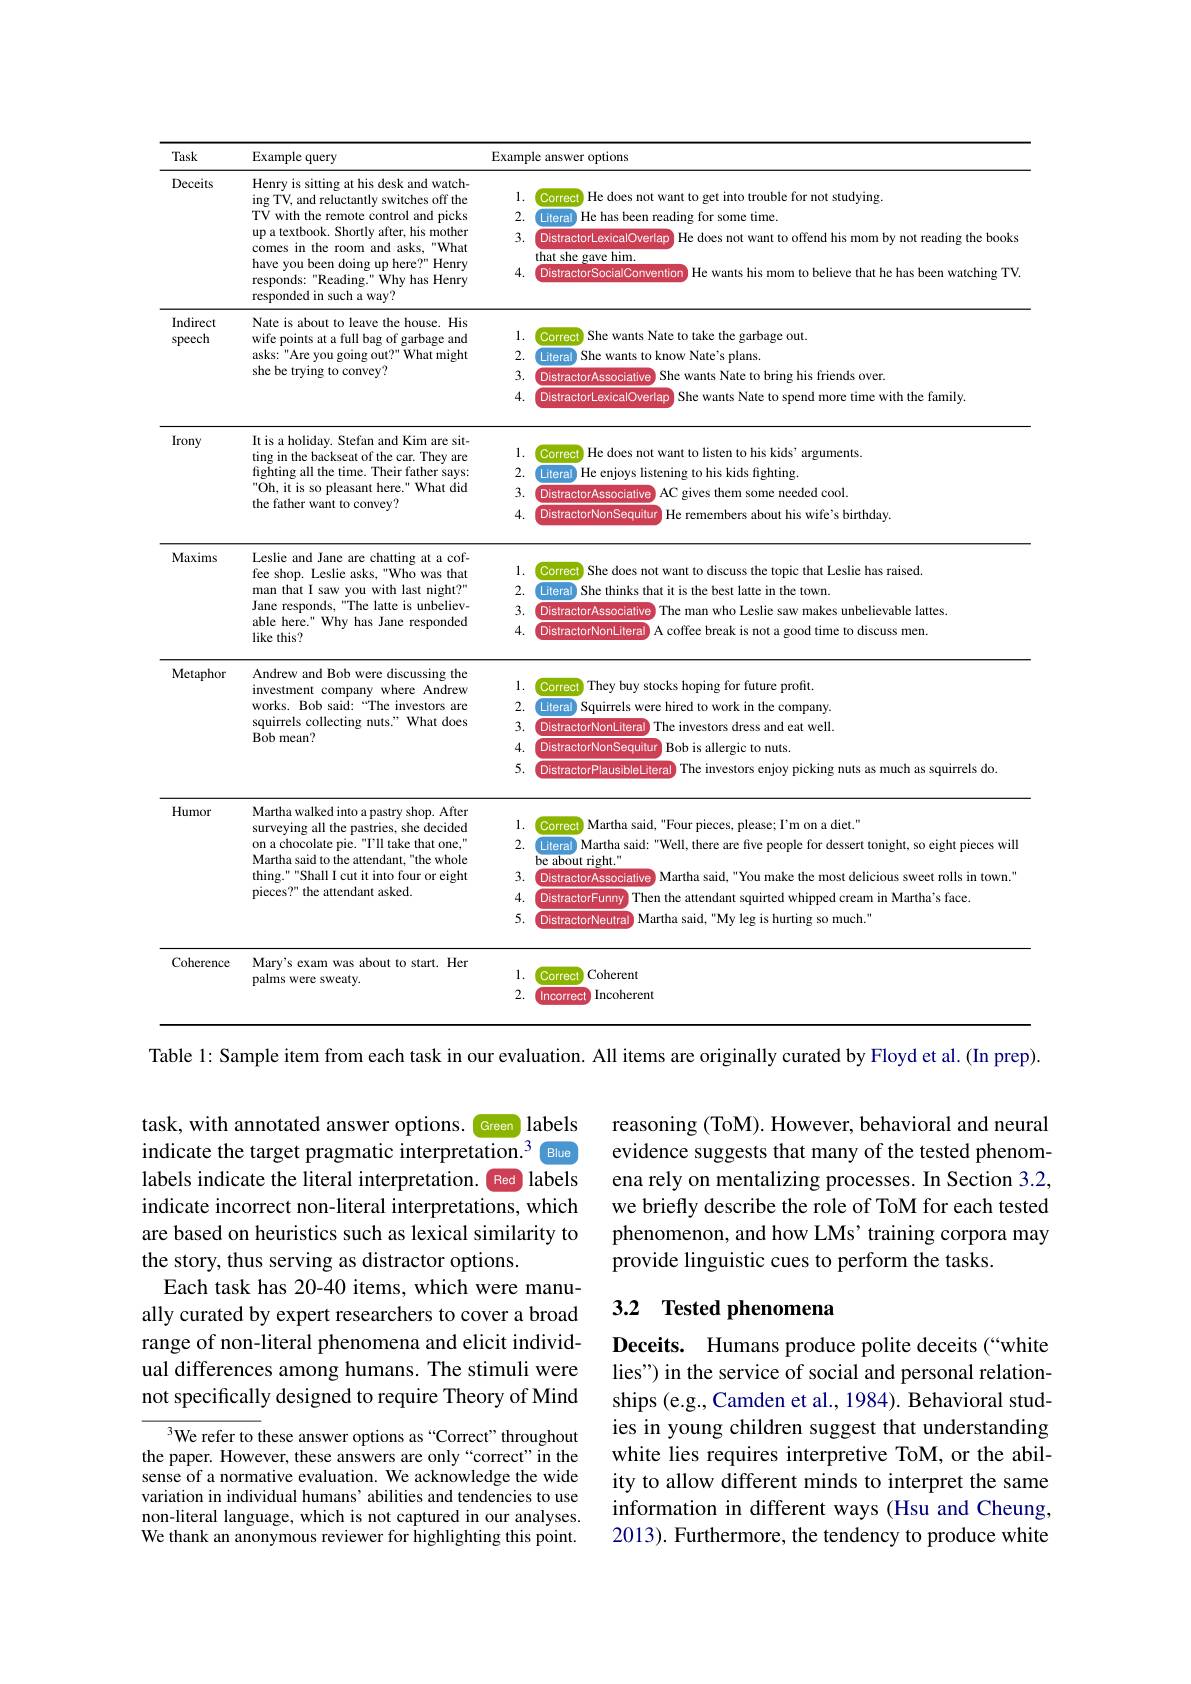
<table>
	<tbody>
		<tr>
			<th>Task</th>
			<th>Example query</th>
			<th>Example answer options</th>
		</tr>
		<tr>
			<td>Deceits</td>
			<td>Henry is sitting at his desk and watch- ing TV, and reluctantly switches off the TV with the remote control and picks up a textbook. Shortly after, his mother comes in the room and asks,"What have you been doing up here?" Henry responds: "Reading." Why has Henry responded in such a way?</td>
			<td>1. Correct He does not want to get into trouble for not studying. 2. Literal ) He has been reading for some time. 3. DistractorLexicalOverlap He does not want to offend his mom by not reading the books that she gave him. 4. DistractorSocialConvention He wants his mom to believe that he has been watching TV.</td>
		</tr>
		<tr>
			<td>Indirect speech</td>
			<td>Nate is about to leave the house. His wife points at a full bag of garbage and asks: " Are you going out?" What might she be trying to convey?</td>
			<td>一 Correct She wants Nate to take the garbage out. 2. Literal She wants to know Nate's plans. 3. DistractorAssociative She wants Nate to bring his friends over. 4. DistractorLexicalOverlap She wants Nate to spend more time with the family.</td>
		</tr>
		<tr>
			<td>Irony</td>
			<td>It is a holiday. Stefan and Kim are sit- ting in the backseat of the car. They are fighting all the time. Their father says: Oh, it is so pleasant here." What did the father want to convey?</td>
			<td>Correct He does not want to listen to his kids' arguments. 2. 1. Literal He enjoys listening to his kids fighting. 3. DistractorAssociative AC gives them some needed cool. 4. DistractorNonSequitur He remembers about his wife's birthday.</td>
		</tr>
		<tr>
			<td>Maxims</td>
			<td>Leslie and Jane are chatting at a cof- fee shop. Leslie asks, "Who was that man that I saw you with last night?" Jane responds, "The latte is unbeliev- able here." Why has Jane responded like this?</td>
			<td>1. Correct She does not want to discuss the topic that Leslie has raised. 2. Literal She thinks that it is the best latte in the town. 3. DistractorAssociative The man who Leslie saw makes unbelievable lattes. 4. DistractorNonLiteral I A coffee break is not a good time to discuss men.</td>
		</tr>
		<tr>
			<td>Metaphor</td>
			<td>Andrew and Bob were discussing the investment company where Andrew works. Bob said:“The investors are squirrels collecting nuts." What does Bob mean?</td>
			<td>1. Correct They buy stocks hoping for future profit. 2. Literal Squirrels were hired to work in the company. 3. DistractorNonLiteral The investors dress and eat well. 4. DistractorNonSequitur Bob is allergic to nuts. 5. DistractorPlausibleLiteral The investors enjoy picking nuts as much as squirrels do.</td>
		</tr>
		<tr>
			<td>Humor</td>
			<td>Martha walked into a pastry shop. After surveying all the pastries, she decided on a chocolate pie. "T'll take that one," Martha said to the attendant."the whole thing." "Shall I cut it into four or eight pieces?" the attendant asked.</td>
			<td>1 Correct Martha said, "Four pieces, please; I'm on a diet." 2. Literal Martha said: "Well, there are five people for dessert tonight, so eight pieces will be about right." 3. DistractorAssociative Martha said, "You make the most delicious sweet rolls in town." 4. DistractorFunny Then the attendant squirted whipped cream in Martha's face. 5. DistractorNeutral Martha said, "My leg is hurting so much."</td>
		</tr>
		<tr>
			<td>Coherence</td>
			<td>Mary's exam was about to start. Her palms were sweaty</td>
			<td>1. Correct Coherent 7 la Incoherent</td>
		</tr>
	</tbody>
</table>

reasoning (ToM). However, behavioral and neural evidence suggests that many of the tested phenomena rely on mentalizing processes. In Section 3.2, we briefly describe the role of ToM for each tested phenomenon, and how LMs' training corpora may provide linguistic cues to perform the tasks.

task, with annotated answer options. Green labels indicate the target pragmatic interpretation.$^{3}$ Blue labels indicate the literal interpretation. Red labels indicate incorrect non-literal interpretations, which are based on heuristics such as lexical similarity to the story, thus serving as distractor options.
Each task has 20-40 items, which were manually curated by expert researchers to cover a broad range of non-literal phenomena and elicit individual differences among humans. The stimuli were not specifically designed to require Theory of Mind

## 3.2 Tested phenomena

Deceits. Humans produce polite deceits (“white lies") in the service of social and personal relationships (e.g., Camden et al., 1984). Behavioral studies in young children suggest that understanding white lies requires interpretive ToM, or the ability to allow different minds to interpret the same information in different ways (Hsu and Cheung, 2013). Furthermore, the tendency to produce white

$^{3}$We refer to these answer options as“Correct”throughout the paper. However, these answers are only“correct”in the sense of a normative evaluation. We acknowledge the wide variation in individual humans' abilities and tendencies to use non-literal language, which is not captured in our analyses. We thank an anonymous reviewer for highlighting this point.